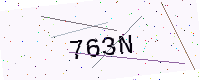
Text: 763N